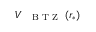
V _ { \mathrm { ~ { ~ \scriptsize ~ B ~ T ~ Z ~ } ~ } } ( r _ { * } )